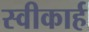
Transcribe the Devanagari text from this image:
स्वीकार्ह